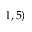
1 , 5 )